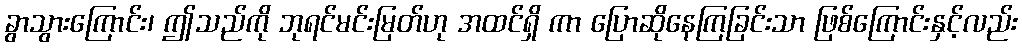
ခွာသွားကြောင်း၊ ဤသည်ကို ဘုရင်မင်းမြတ်ဟု အထင်ရှိ ကာ ပြောဆိုနေကြခြင်းသာ ဖြစ်ကြောင်းနှင့်လည်း